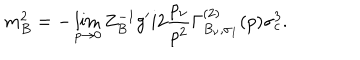
LaTeX: m _ { B } ^ { 2 } = - \lim _ { p \to 0 } Z _ { B } ^ { - 1 } g ^ { \prime } i 2 { \frac { p _ { \nu } } { p ^ { 2 } } } \Gamma _ { B _ { \nu } , \sigma _ { 1 } } ^ { ( 2 ) } ( p ) \sigma _ { c } ^ { 3 } .